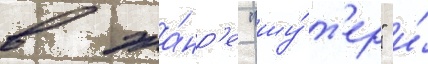
в жа́нр'е "шу́т'ер" и́